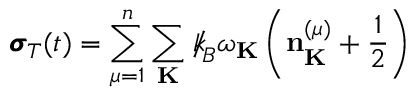
{ \pmb \sigma } _ { T } ( t ) = \sum _ { \mu = 1 } ^ { n } \sum _ { \bf K } { \slash \! \! \! k } _ { \! { B } } \omega _ { \bf K } \left( { \bf n } _ { \bf K } ^ { ( \mu ) } + \frac { 1 } { 2 } \right)